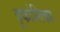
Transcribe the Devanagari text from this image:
बूकोलिका